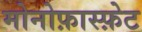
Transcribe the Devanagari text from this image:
मोनोफ़ास्फ़ेट